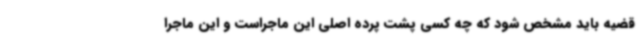
قضیه باید مشخص شود که چه کسی پشت پرده اصلی این ماجراست و این ماجرا